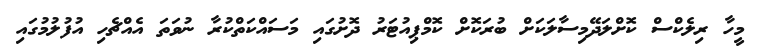
މީހާ ރިލެކްސް ކޮށްލަދޭމިސާލަކަށް ބުރަކޮށް ކޮމްޕިއުޓަރު ދޮށުގައި މަސައްކަތްކުރާ ނުވަތަ އެއްޗެހި އުފުލުމުގައި